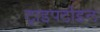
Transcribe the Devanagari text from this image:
ट्राइपर्टाइल